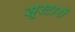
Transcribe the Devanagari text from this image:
सूरदारों